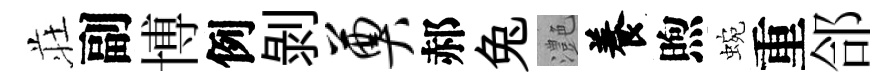
荘副博例剥奠郝兔灔養煦蜿重郃